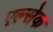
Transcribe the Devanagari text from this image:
एल्सेक